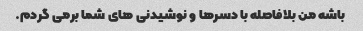
باشه من بلافاصله با دسرها و نوشیدنی های شما برمی گردم.